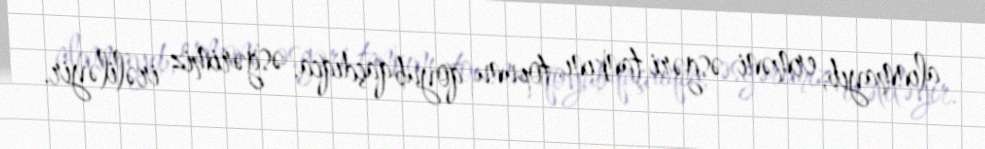
alınmayıb, erməni əsgəri tankını, topunu qoyub qaçdıqca, əsgərimiz irəliləyir.